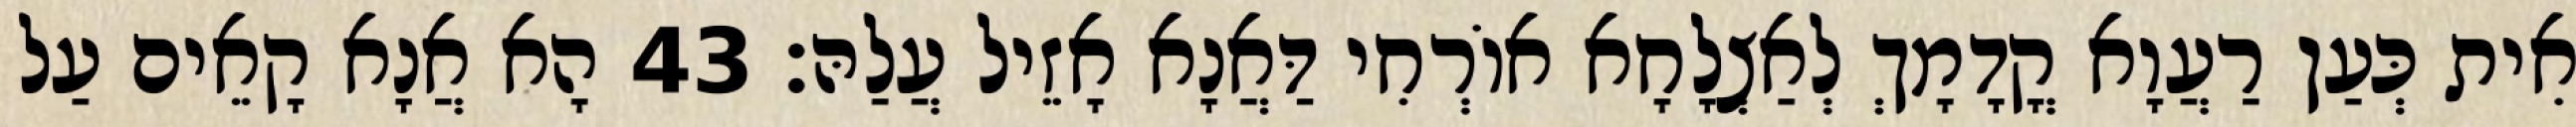
אִית כְּעַן רַעֲוָא קֳדָמָךְ לְאַצְלָחָא אוֹרְחִי דַּאֲנָא אָזֵיל עֲלַהּ׃ 43 הָא אֲנָא קָאֵים עַל